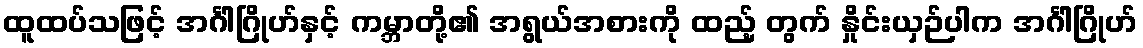
ထူထပ်သဖြင့် အင်္ဂါဂြိုဟ်နှင့် ကမ္ဘာတို့၏ အရွယ်အစားကို ထည့် တွက် နှိုင်းယှဉ်ပါက အင်္ဂါဂြိုဟ်